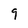
Character: g